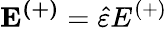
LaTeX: \mathbf{E^{(+)}}=\hat{\varepsilon}E^{(+)}